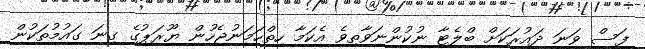
ފަސް ވަނަ ދައުރަކަށް ބްލެޓާ ނުކުންނަވާތިވެ އެކަމާ ހިތްހަމަނުޖެހުން ޔޫރަޕުގެ ގިނަ ގައުމުތަކުން